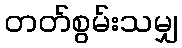
တတ်စွမ်းသမျှ